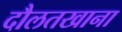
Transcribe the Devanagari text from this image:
दौलतखाना